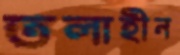
তলাহীন